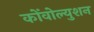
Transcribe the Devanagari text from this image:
कोंवोल्युशन